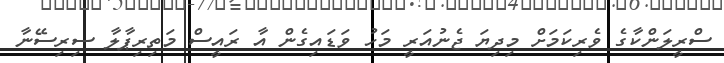
ސްރީލަންކާގެ ވެރިކަމަށް މިދިޔަ ޖެނުއަރީ މަހު ވަޑައިގެން އާ ރައީސް މަތިރިޕާލާ ސިރިސޭނާ